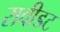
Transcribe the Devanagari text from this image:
रावीडट